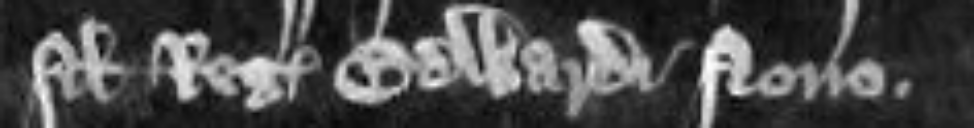
filii regis Edwardi nono.